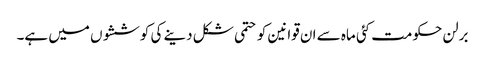
برلن حکومت کئی ماہ سے ان قوانین کو حتمی شکل دینے کی کوششوں میں ہے۔